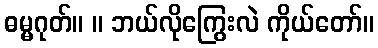
ဓမ္မဂုတ်။ ။ ဘယ်လိုကြွေးလဲ ကိုယ်တော်။